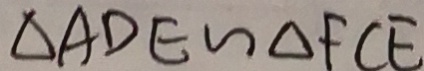
\Delta A D E \sim \Delta F C E